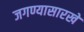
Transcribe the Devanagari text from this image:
जगण्यासारखे